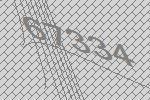
67334